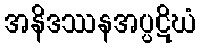
အနိဒဿနအပ္ပဋိဃံ